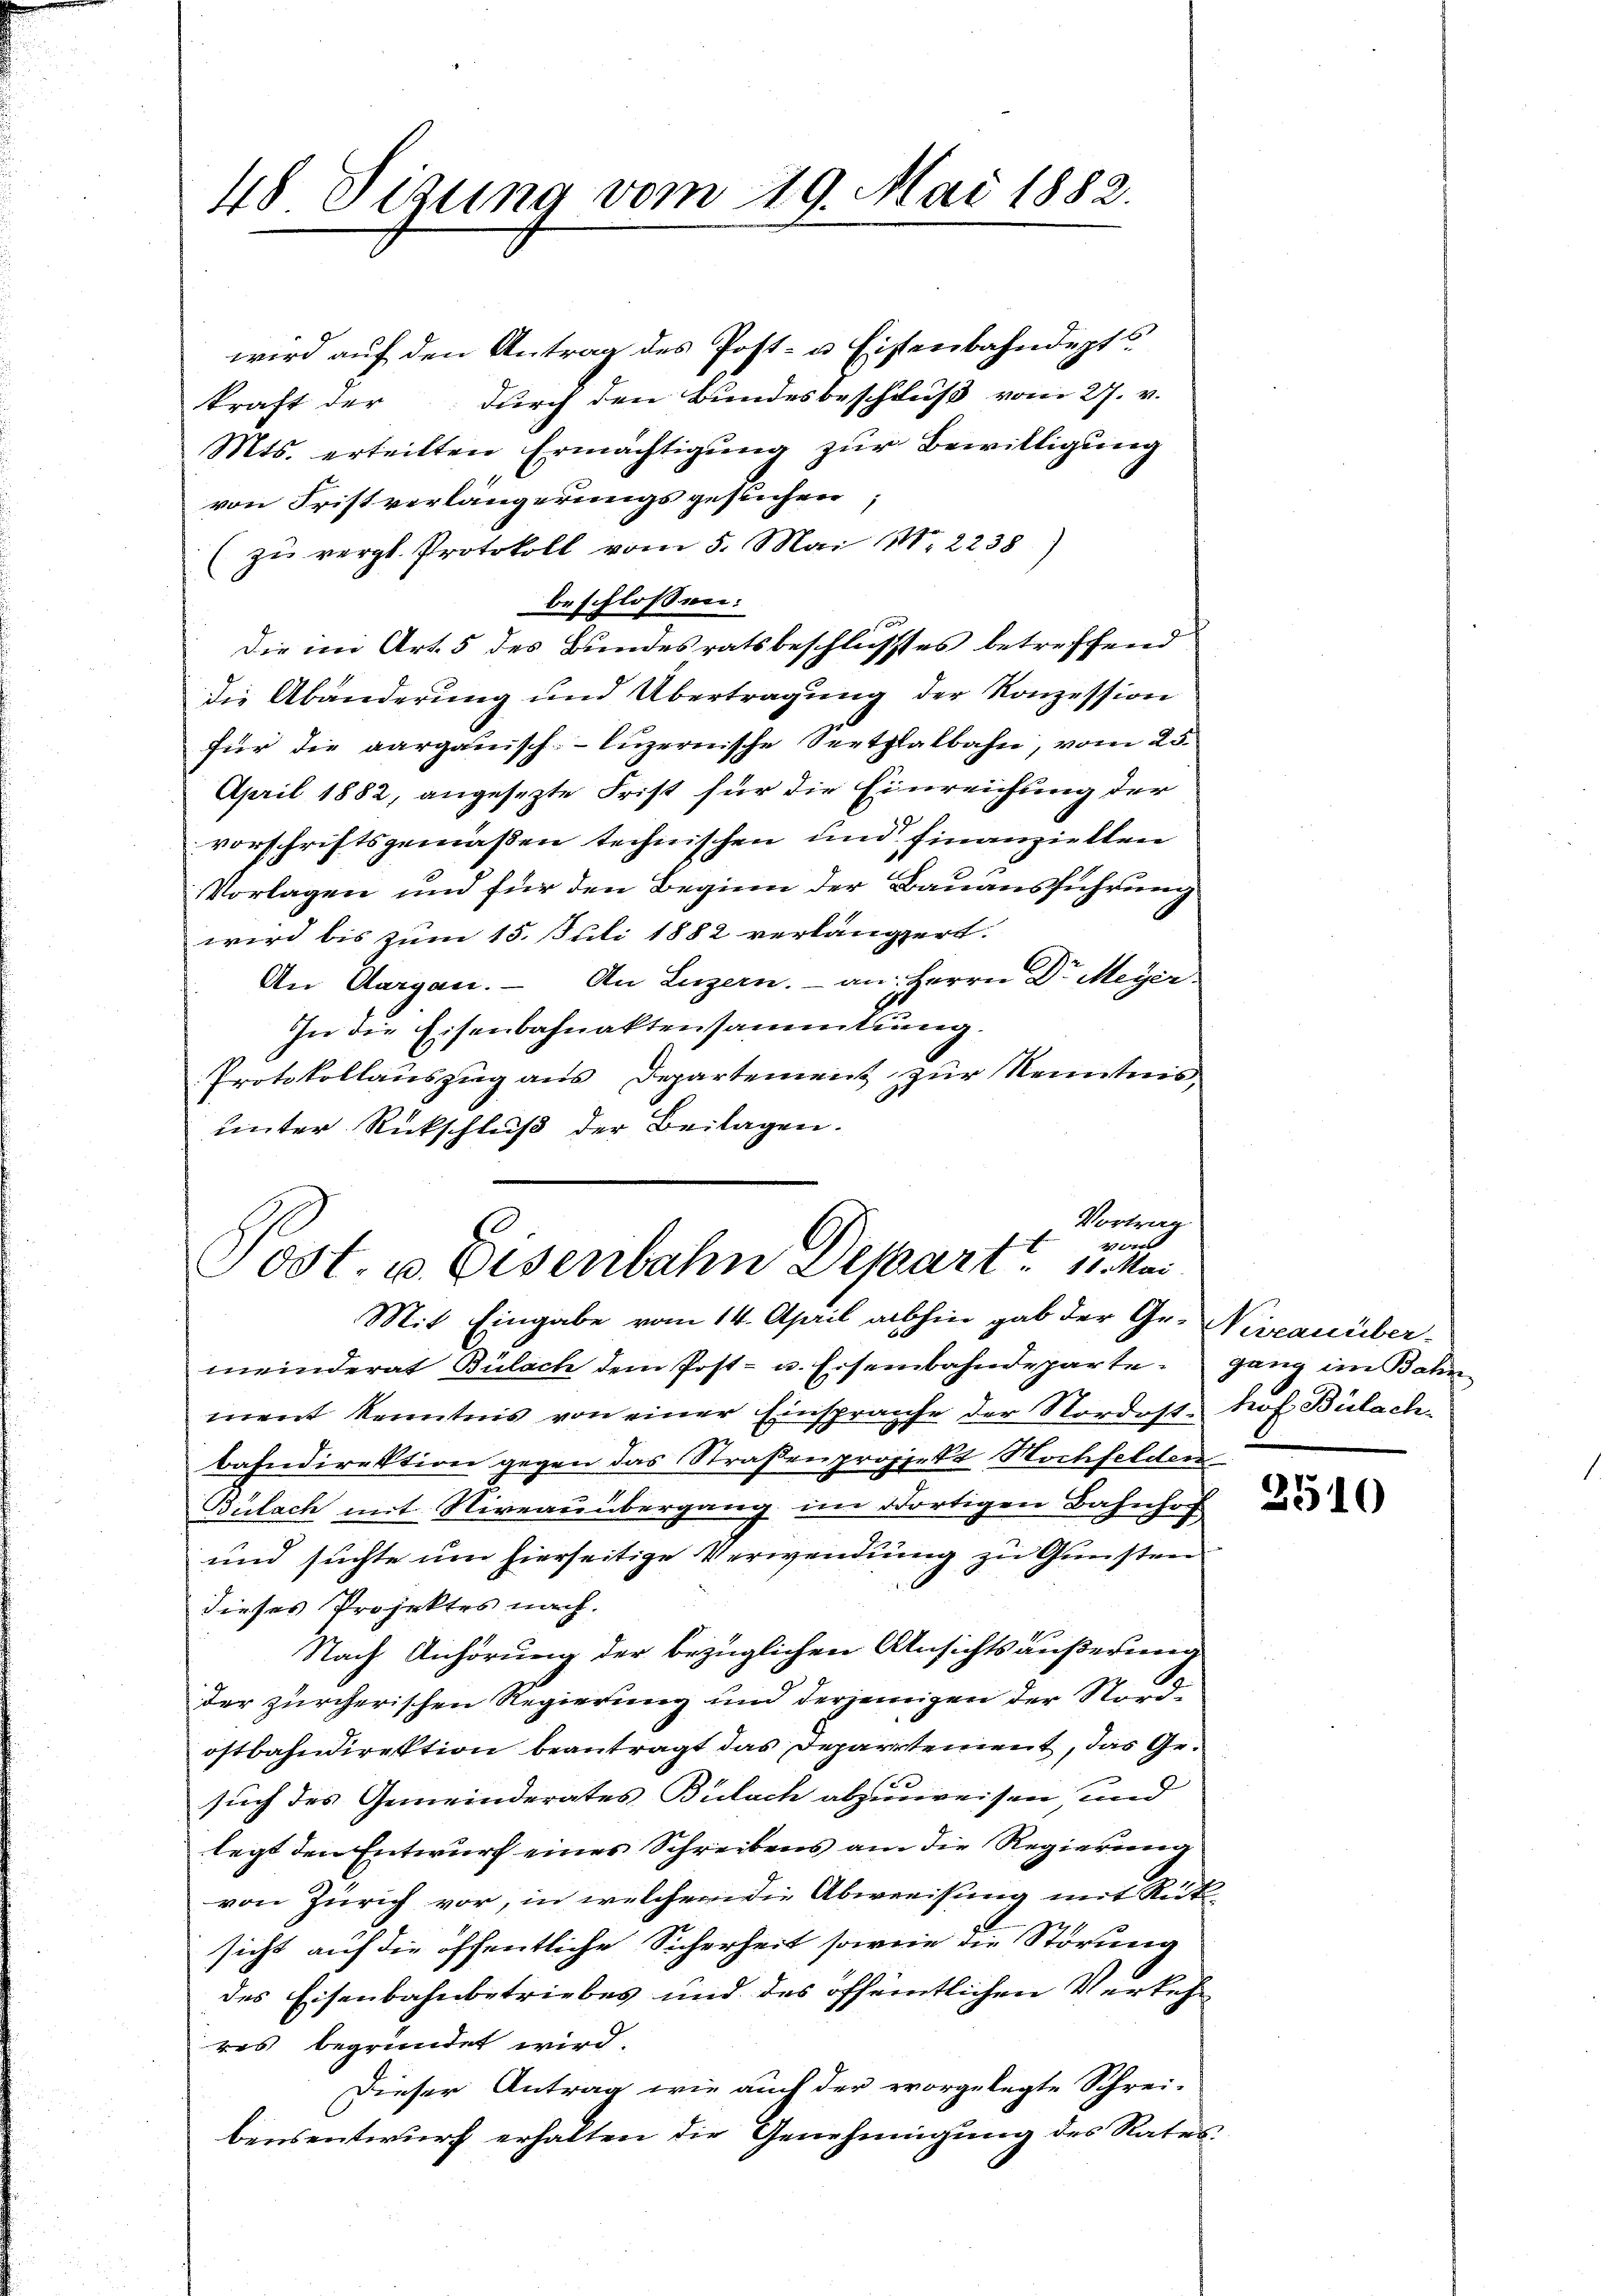
48 Sizung vom 19. Mai 1882.

wird auf den Antrag des Post- u Eisenbahndepts
kraft der durch den Bundesbeschluß vom 27. v.
Mts. erteilten Ermächtigung zur Bewilligung
von Fristverlängerungsgesuchen;
(zŭ vergl. Protokoll vom 5. Mai 18. 2238)
beschlossen:
Die im Art. 5 des Bundesratsbeschlusses betreffend
die Abänderung und Übertragŭng der Konzession
für die aargauisch-luzernische Seetplatbahn, vom 25.
April 1882, angesezte Frist für die Einreichung der
vorschriftsgemäßen technischen und finanziellen
Vorlagen und für den Beginn der Bauausführung
wird bis zum 15. Juli 1882 verlängert.
An Aargau. An Luzern. - an Herrn Dr. Meyer
In die Eisenbahnaktensammlung.
Protokollauszug aus Departement zur Kenntnis
unter Rückschluß der Beilagen.

Vortrag
1
ost. u. Eisenbahn Depart. 11. Mai
Mit Eingabe vom 14. April abhin gab der Ge- Niveau über-

meinderat Bülach dem Post- u. Eisenbahndeparte, ganz im Bahn
ment Kenntnis von einer Einsprache der Nordost- Prof. Bülach-
bahndirektion gegen das Straßenprojekt Hochfelden
Bülach mit Niveau übergang im dortigen Bahnhof
und suchte um hierseitige Verwendung zu Gunsten
dieses Projektes nach.
Nach Anhörung der bezüglichen Ansichts äußerung
der zürcherischen Regierung und derjenigen der Nordostbahndirektion beantragt das Departement, das Gesuch des Gemeinderates Bülach abzuweisen, und
legt den Entwurf eines Schreibens am die Regierung
von Zürich vor, in welchem die Abweisung mit Rüksicht auf die öffentliche Sicherheit sowie die Störung
des Eisenbahnbetriebes und des öffentlichen Verkehr
res begründet wird.
Dieser Antrag wie auch der vorgelegte Schrei-
bensentwurf erhalten die Genehmigung des Rates:

2510